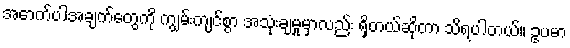
အောက်ပါအချက်တွေကို ကျွမ်းကျင်စွာ အသုံးချမှုမှာလည်း ရှိတယ်ဆိုတာ သိရပါတယ်။ ဥပမာ